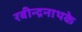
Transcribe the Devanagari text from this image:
रबीन्द्रनाथके